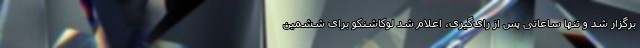
برگزار شد و تنها ساعاتی پس از رای‌گیری، اعلام شد لوکاشنکو برای ششمین